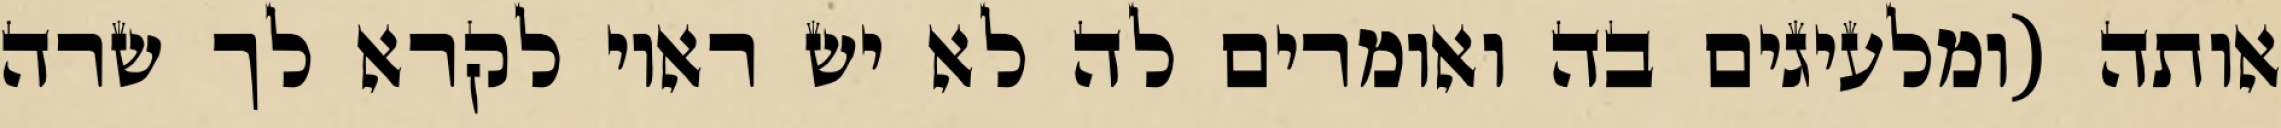
אותה (ומלעיגים בה ואומרים לה לא יש ראוי לקרא לך שרה